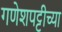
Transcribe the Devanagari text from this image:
गणेशपट्टीच्या